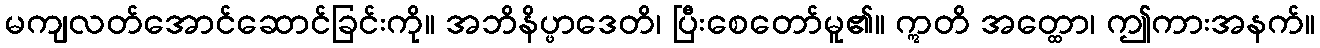
မကျလတ်အောင်ဆောင်ခြင်းကို။ အဘိနိပ္ဖာဒေတိ၊ ပြီးစေတော်မူ၏။ ဣတိ အတ္ထော၊ ဤကားအနက်။